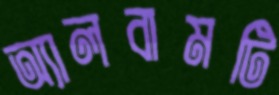
অ্যালবামটি